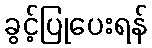
ခွင့်ပြုပေးရန်